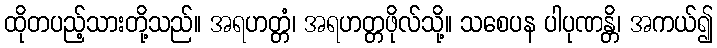
ထိုတပည့်သားတို့သည်။ အရဟတ္တံ၊ အရဟတ္တဖိုလ်သို့။ သစေပန ပါပုဏန္တိ၊ အကယ်၍